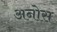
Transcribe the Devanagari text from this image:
अनोस